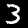
Digit: 3